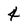
Character: 4